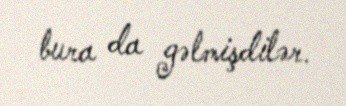
bura da gəlmişdilər.